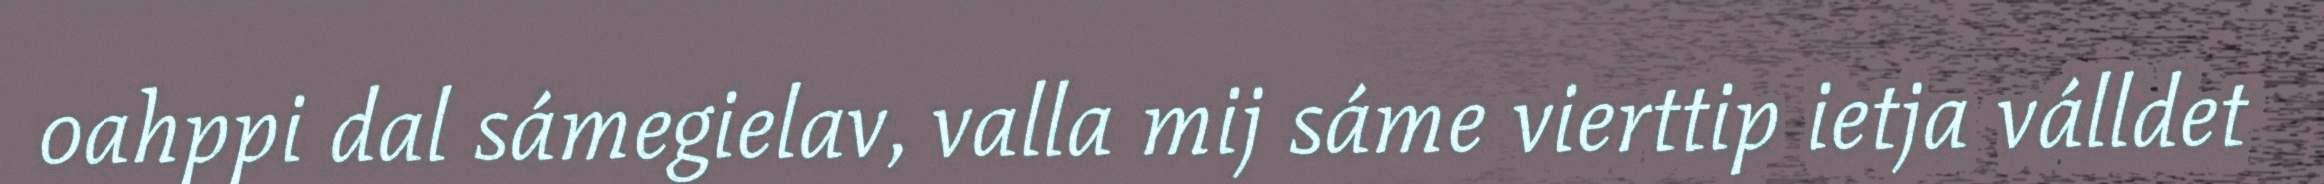
oahppi dal sámegielav, valla mij sáme vierttip ietja válldet